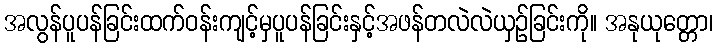
အလွန်ပူပန်ခြင်းထက်ဝန်းကျင့်မှပူပန်ခြင်းနှင့်အဖန်တလဲလဲယှဉ်ခြင်းကို။ အနုယုတ္တော၊